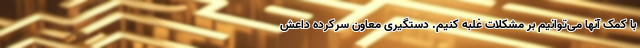
با کمک آنها می‌توانیم بر مشکلات غلبه کنیم. دستگیری معاون سرکرده داعش